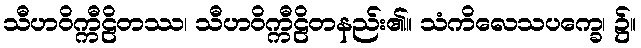
သီဟဝိက္ကီဠိတဿ၊ သီဟဝိက္ကီဠိတနည်း၏။ သံကိလေသပက္ခေ၊ ၌။